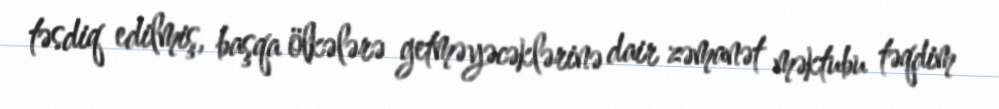
təsdiq edilmiş, başqa ölkələrə getməyəcəklərinə dair zəmanət məktubu təqdim